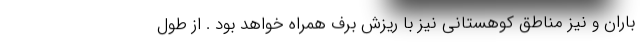
باران و نیز مناطق کوهستانی نیز با ریزش برف همراه خواهد بود . از طول